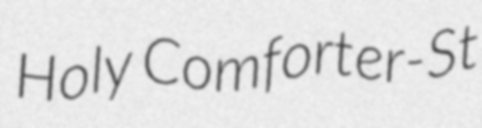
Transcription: Holy Comforter-St